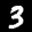
Label: 3